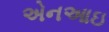
એનઆઇ